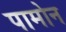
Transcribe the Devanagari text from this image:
पामोन